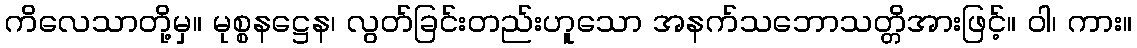
ကိလေသာတို့မှ။ မုစ္စနဋ္ဌေန၊ လွတ်ခြင်းတည်းဟူသော အနက်သဘောသတ္တိအားဖြင့်။ ဝါ၊ ကား။